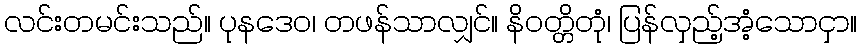
လင်းတမင်းသည်။ ပုနဒေဝ၊ တဖန်သာလျှင်။ နိဝတ္တိတုံ၊ ပြန်လှည့်အံ့သောငှာ။